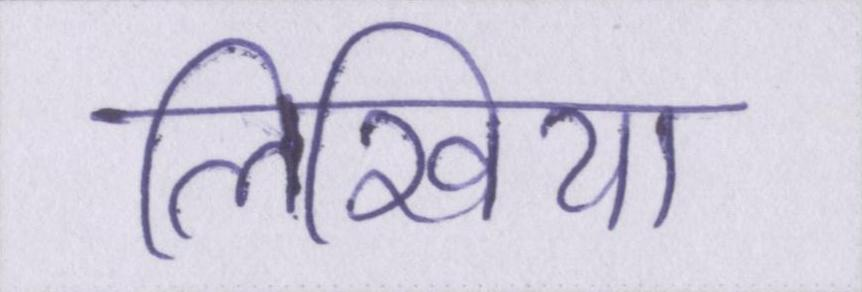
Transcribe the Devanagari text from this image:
लिखिया